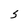
Character: S